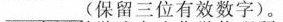
____(保留三位有效数字)。